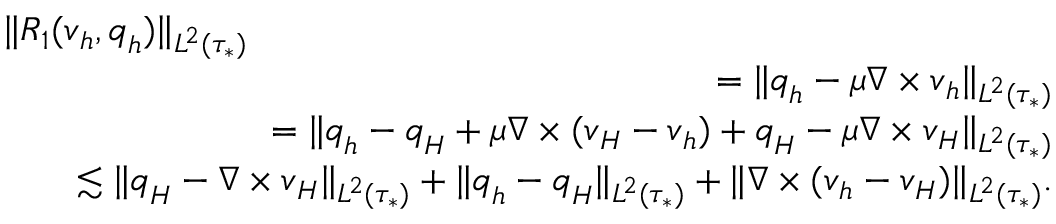
\begin{array} { r l r } { \lefteqn { \| R _ { 1 } ( \boldsymbol { v } _ { h } , \boldsymbol { q } _ { h } ) \| _ { L ^ { 2 } ( \tau _ { * } ) } } } \\ & { } & { = \| \boldsymbol { q } _ { h } - \mu \nabla \times \boldsymbol { v } _ { h } \| _ { L ^ { 2 } ( \tau _ { * } ) } } \\ & { } & { = \| \boldsymbol { q } _ { h } - \boldsymbol { q } _ { H } + \mu \nabla \times ( \boldsymbol { v } _ { H } - \boldsymbol { v } _ { h } ) + \boldsymbol { q } _ { H } - \mu \nabla \times \boldsymbol { v } _ { H } \| _ { L ^ { 2 } ( \tau _ { * } ) } } \\ & { } & { \lesssim \| \boldsymbol { q } _ { H } - \nabla \times \boldsymbol { v } _ { H } \| _ { L ^ { 2 } ( \tau _ { * } ) } + \| \boldsymbol { q } _ { h } - \boldsymbol { q } _ { H } \| _ { L ^ { 2 } ( \tau _ { * } ) } + \| \nabla \times ( \boldsymbol { v } _ { h } - \boldsymbol { v } _ { H } ) \| _ { L ^ { 2 } ( \tau _ { * } ) } . } \end{array}